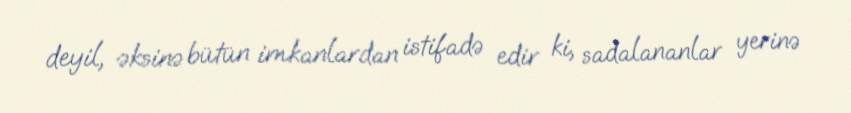
deyil, əksinə bütün imkanlardan istifadə edir ki, sadalananlar yerinə